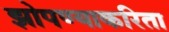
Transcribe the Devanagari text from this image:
झोपण्याकरिता